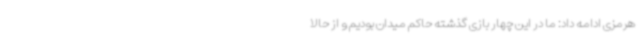
هرمزی ادامه داد: ما در این چهار بازی گذشته حاکم میدان بودیم و از حالا